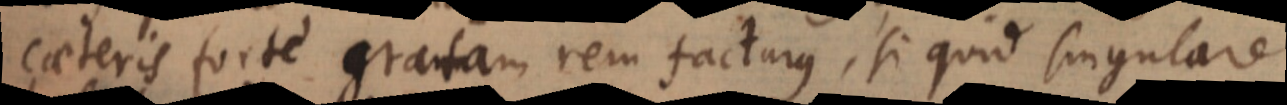
caeteris forte gratam rem facturus, si quid singulare